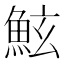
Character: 鮌